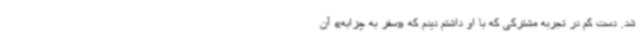
شد. دست کم در تجربه مشترکی که با او داشتم دیدم که «سفر به چزابه» آن